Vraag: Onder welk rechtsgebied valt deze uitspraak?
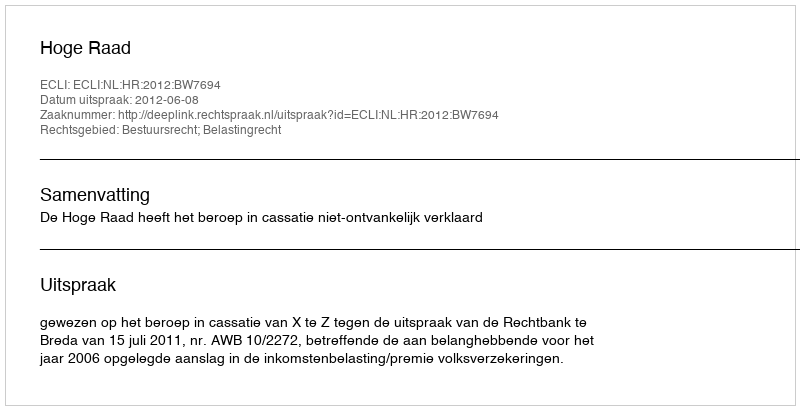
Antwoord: Bestuursrecht; Belastingrecht